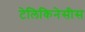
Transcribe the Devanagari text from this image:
टेलिकिनेसीस